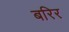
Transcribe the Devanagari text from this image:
बरिर